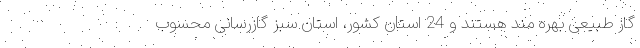
گاز طبیعی بهره‌ مند هستند و 24 استان کشور، استان سبز گازرسانی محسوب